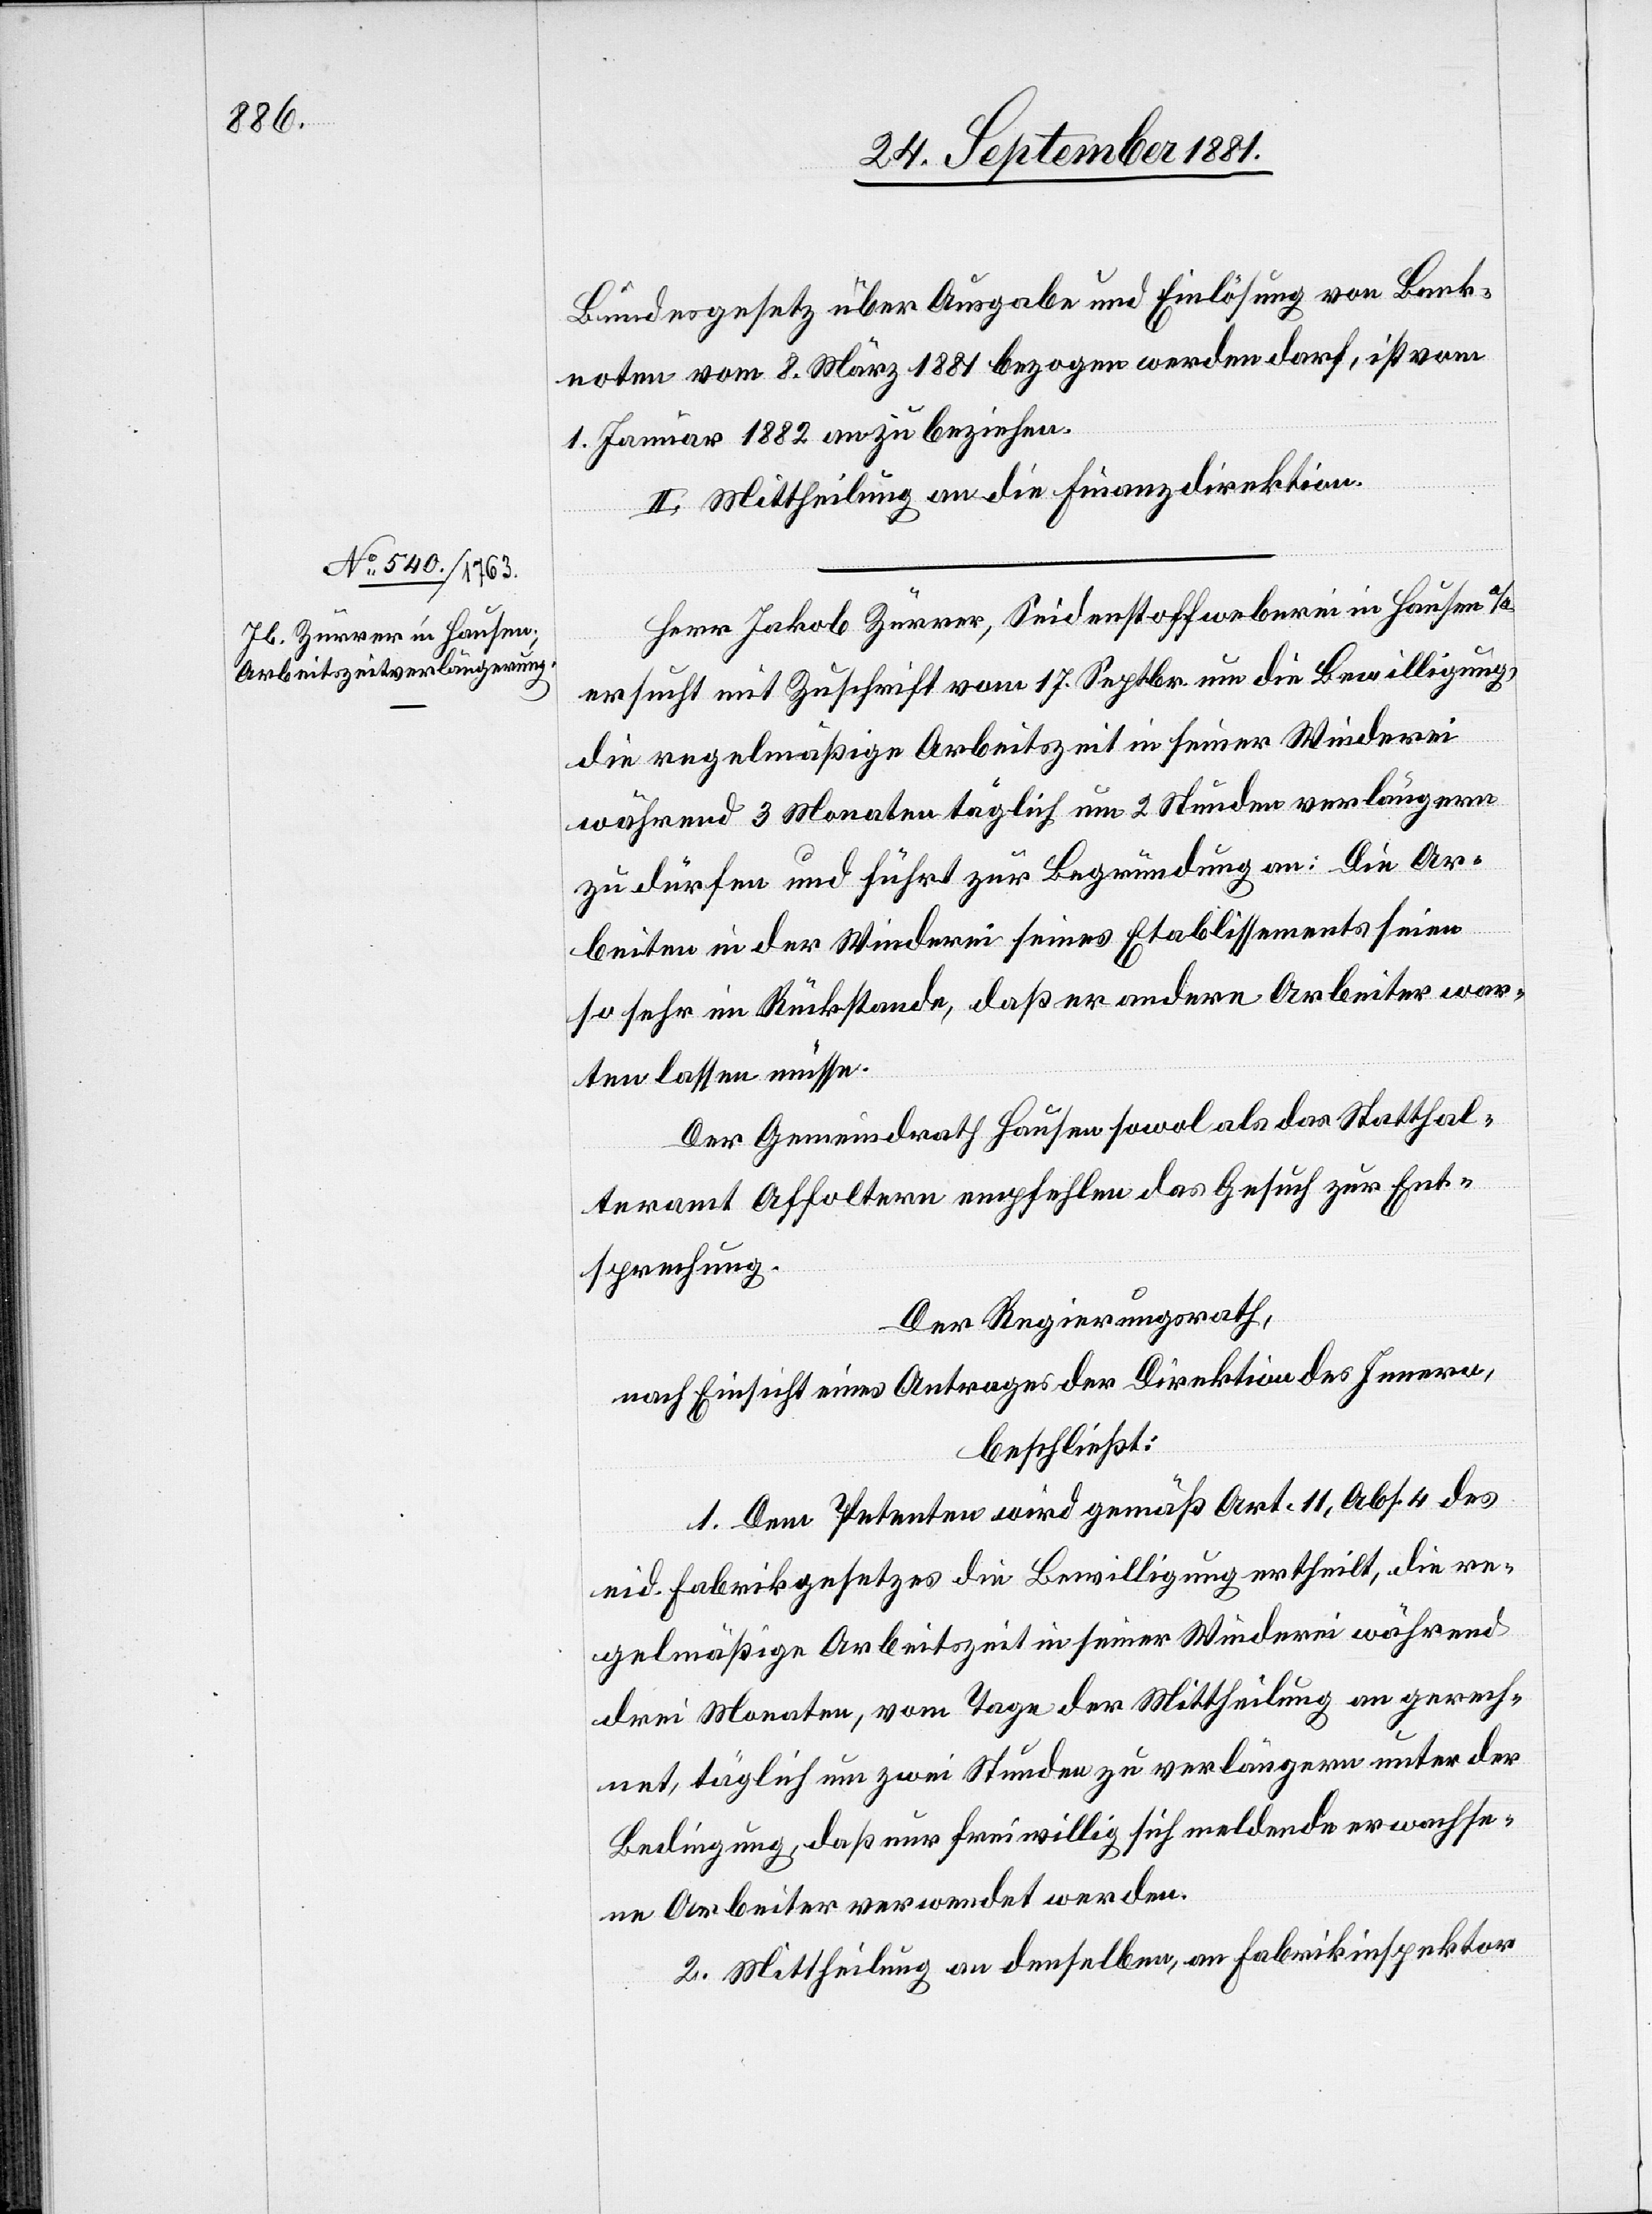
Bundesgesetz über Ausgabe und Einlösung von Bank¬
noten vom 8. März 1881 bezogen werden darf, ist vom
1. Januar 1882 an zu beziehen.
II. Mittheilung an die Finanzdirektion.
Herr Jakob Zürrer, Seidenstoffweberei in Hausen a/a.
ersucht mit Zuschrift vom 17. Septbr. um die Bewilligung
die regelmäßige Arbeitszeit in seiner Winderei
während 3 Monaten täglich um 2 Stunden verlängern
zu dürfen und führt zur Begründung an: Die Ar¬
beiten in der Winderei seines Etablissements seien
so sehr im Rückstande, daß er andere Arbeiter war¬
ten lassen müsse.
Der Gemeindrath Hausen sowol als das Statthal¬
teramt Affoltern empfehlen das Gesuch zur Ent¬
sprechung.
Der Regierungsrath,
nach Einsicht eines Antrages der Direktion des Innern,
beschließt:
1. Dem Petenten wird gemäß Art. 11, Abs. 4 des
eid. Fabrikgesetzes die Bewilligung ertheilt, die re¬
gelmäßige Arbeitszeit in seiner Winderei während
drei Monaten, vom Tage der Mittheilung an gerech¬
net, täglich um zwei Stunden zu verlängern unter der
Bedingung, daß nur freiwillig sich meldende erwachse¬
ne Arbeiter verwendet werden.
2. Mittheilung an denselben, an Fabrikinspektor